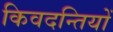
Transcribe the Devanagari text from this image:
किवदन्तियों